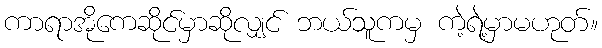
ကာရာအိုကေဆိုင်မှာဆိုလျှင် ဘယ်သူကမှ ကဲ့ရဲ့မှာမဟုတ်။